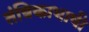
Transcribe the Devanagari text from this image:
तंत्रिकाभाषी